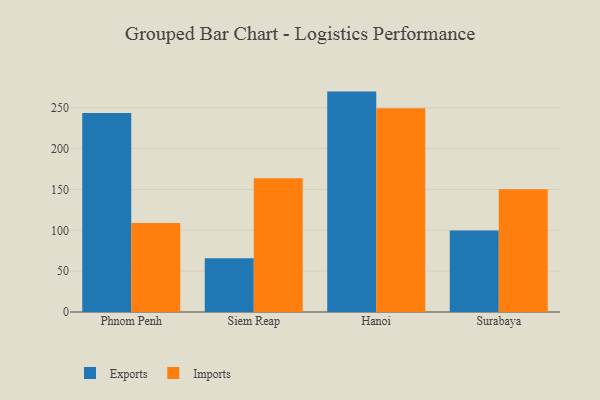
{"axis": {"x": "City", "y": "Production Output"}, "legend": ["Exports", "Imports"], "data": [{"x": "Phnom Penh", "y": 243.5, "type": "Exports"}, {"x": "Phnom Penh", "y": 109.0, "type": "Imports"}, {"x": "Siem Reap", "y": 65.9, "type": "Exports"}, {"x": "Siem Reap", "y": 163.8, "type": "Imports"}, {"x": "Hanoi", "y": 269.8, "type": "Exports"}, {"x": "Hanoi", "y": 249.4, "type": "Imports"}, {"x": "Surabaya", "y": 99.9, "type": "Exports"}, {"x": "Surabaya", "y": 150.3, "type": "Imports"}]}